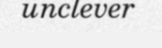
unclever